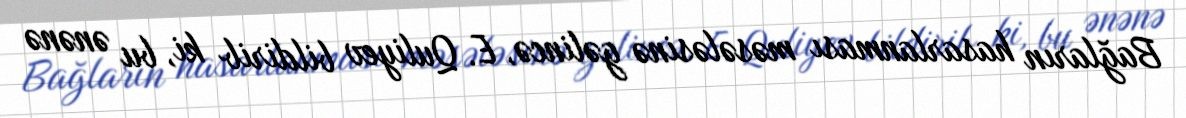
Bağların hasarlanması məsələsinə gəlincə, E. Quliyev bildirib ki, bu ənənə